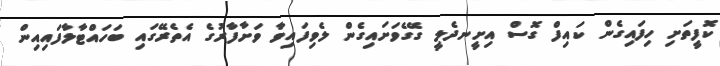
ކޮފީތަށި ހިފައިގެން ކައިފް ގޮސް އިށީނދެލީ ގޭގެވަށައިގެން ލެވިފައިވާ ވަށާފާރުގެ އެތެރޭގައި ބަހައްޓާލާފައިއިން